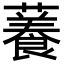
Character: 𧁙